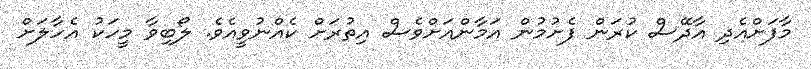
މާފަށްއެދި އާދޭސް ކުރަން ފެށުމުން އަމާންއަށްވެސް އިތުރަށް ކެއްނުވީއެވެ. ލޯބިވާ މީހަކު އެހާލަށް